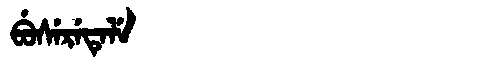
Manchu: ᠪᡠᠰᡝᡵᡝᡨᡝᠯᡝ
Romanization: BUSERETELE